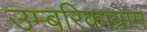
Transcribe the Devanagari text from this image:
उम्बरिकाग्राम